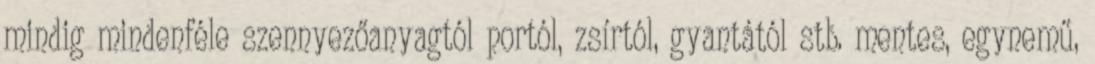
mindig mindenféle szennyezőanyagtól portól, zsírtól, gyantától stb. mentes, egynemű,